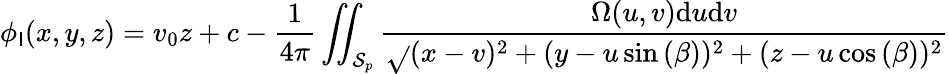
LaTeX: \phi_{\mathsf{I}}(x,y,z)=v_{0}z+c-\frac{{1}}{{4\pi}}\iint_{\mathcal{{S}}_{p}}\frac{{\Omega(u,v)\mathrm{{d}}u\mathrm{{d}}v}}{{\sqrt{}{{(x-v)^{2}+(y-u\sin{(\beta)})^{2}+(z-u\cos{(\beta)})^{2}}}}}